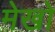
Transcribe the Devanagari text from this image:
मेखो